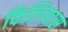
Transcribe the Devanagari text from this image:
फिलियास